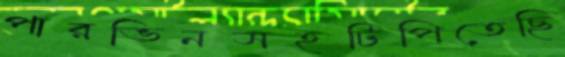
পারভিনসহটিপিতেছি